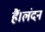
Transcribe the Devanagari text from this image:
हैं।लंदन